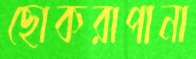
ছোকরাপানা